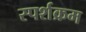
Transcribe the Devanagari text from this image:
स्पर्शक्रम